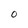
Character: O